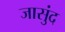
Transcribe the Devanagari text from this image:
जासुंद